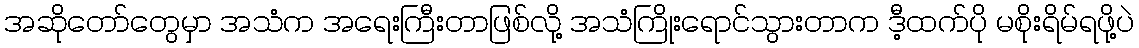
အဆိုတော်တွေမှာ အသံက အရေးကြီးတာဖြစ်လို့ အသံကြိုးရောင်သွားတာက ဒီ့ထက်ပို မစိုးရိမ်ရဖို့ပဲ